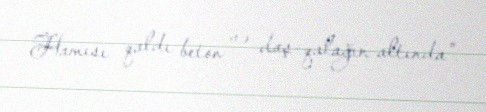
Hamısı qaldı beton və daş-qalağın altında”.